Trukikaitis_Postimees, lk 102
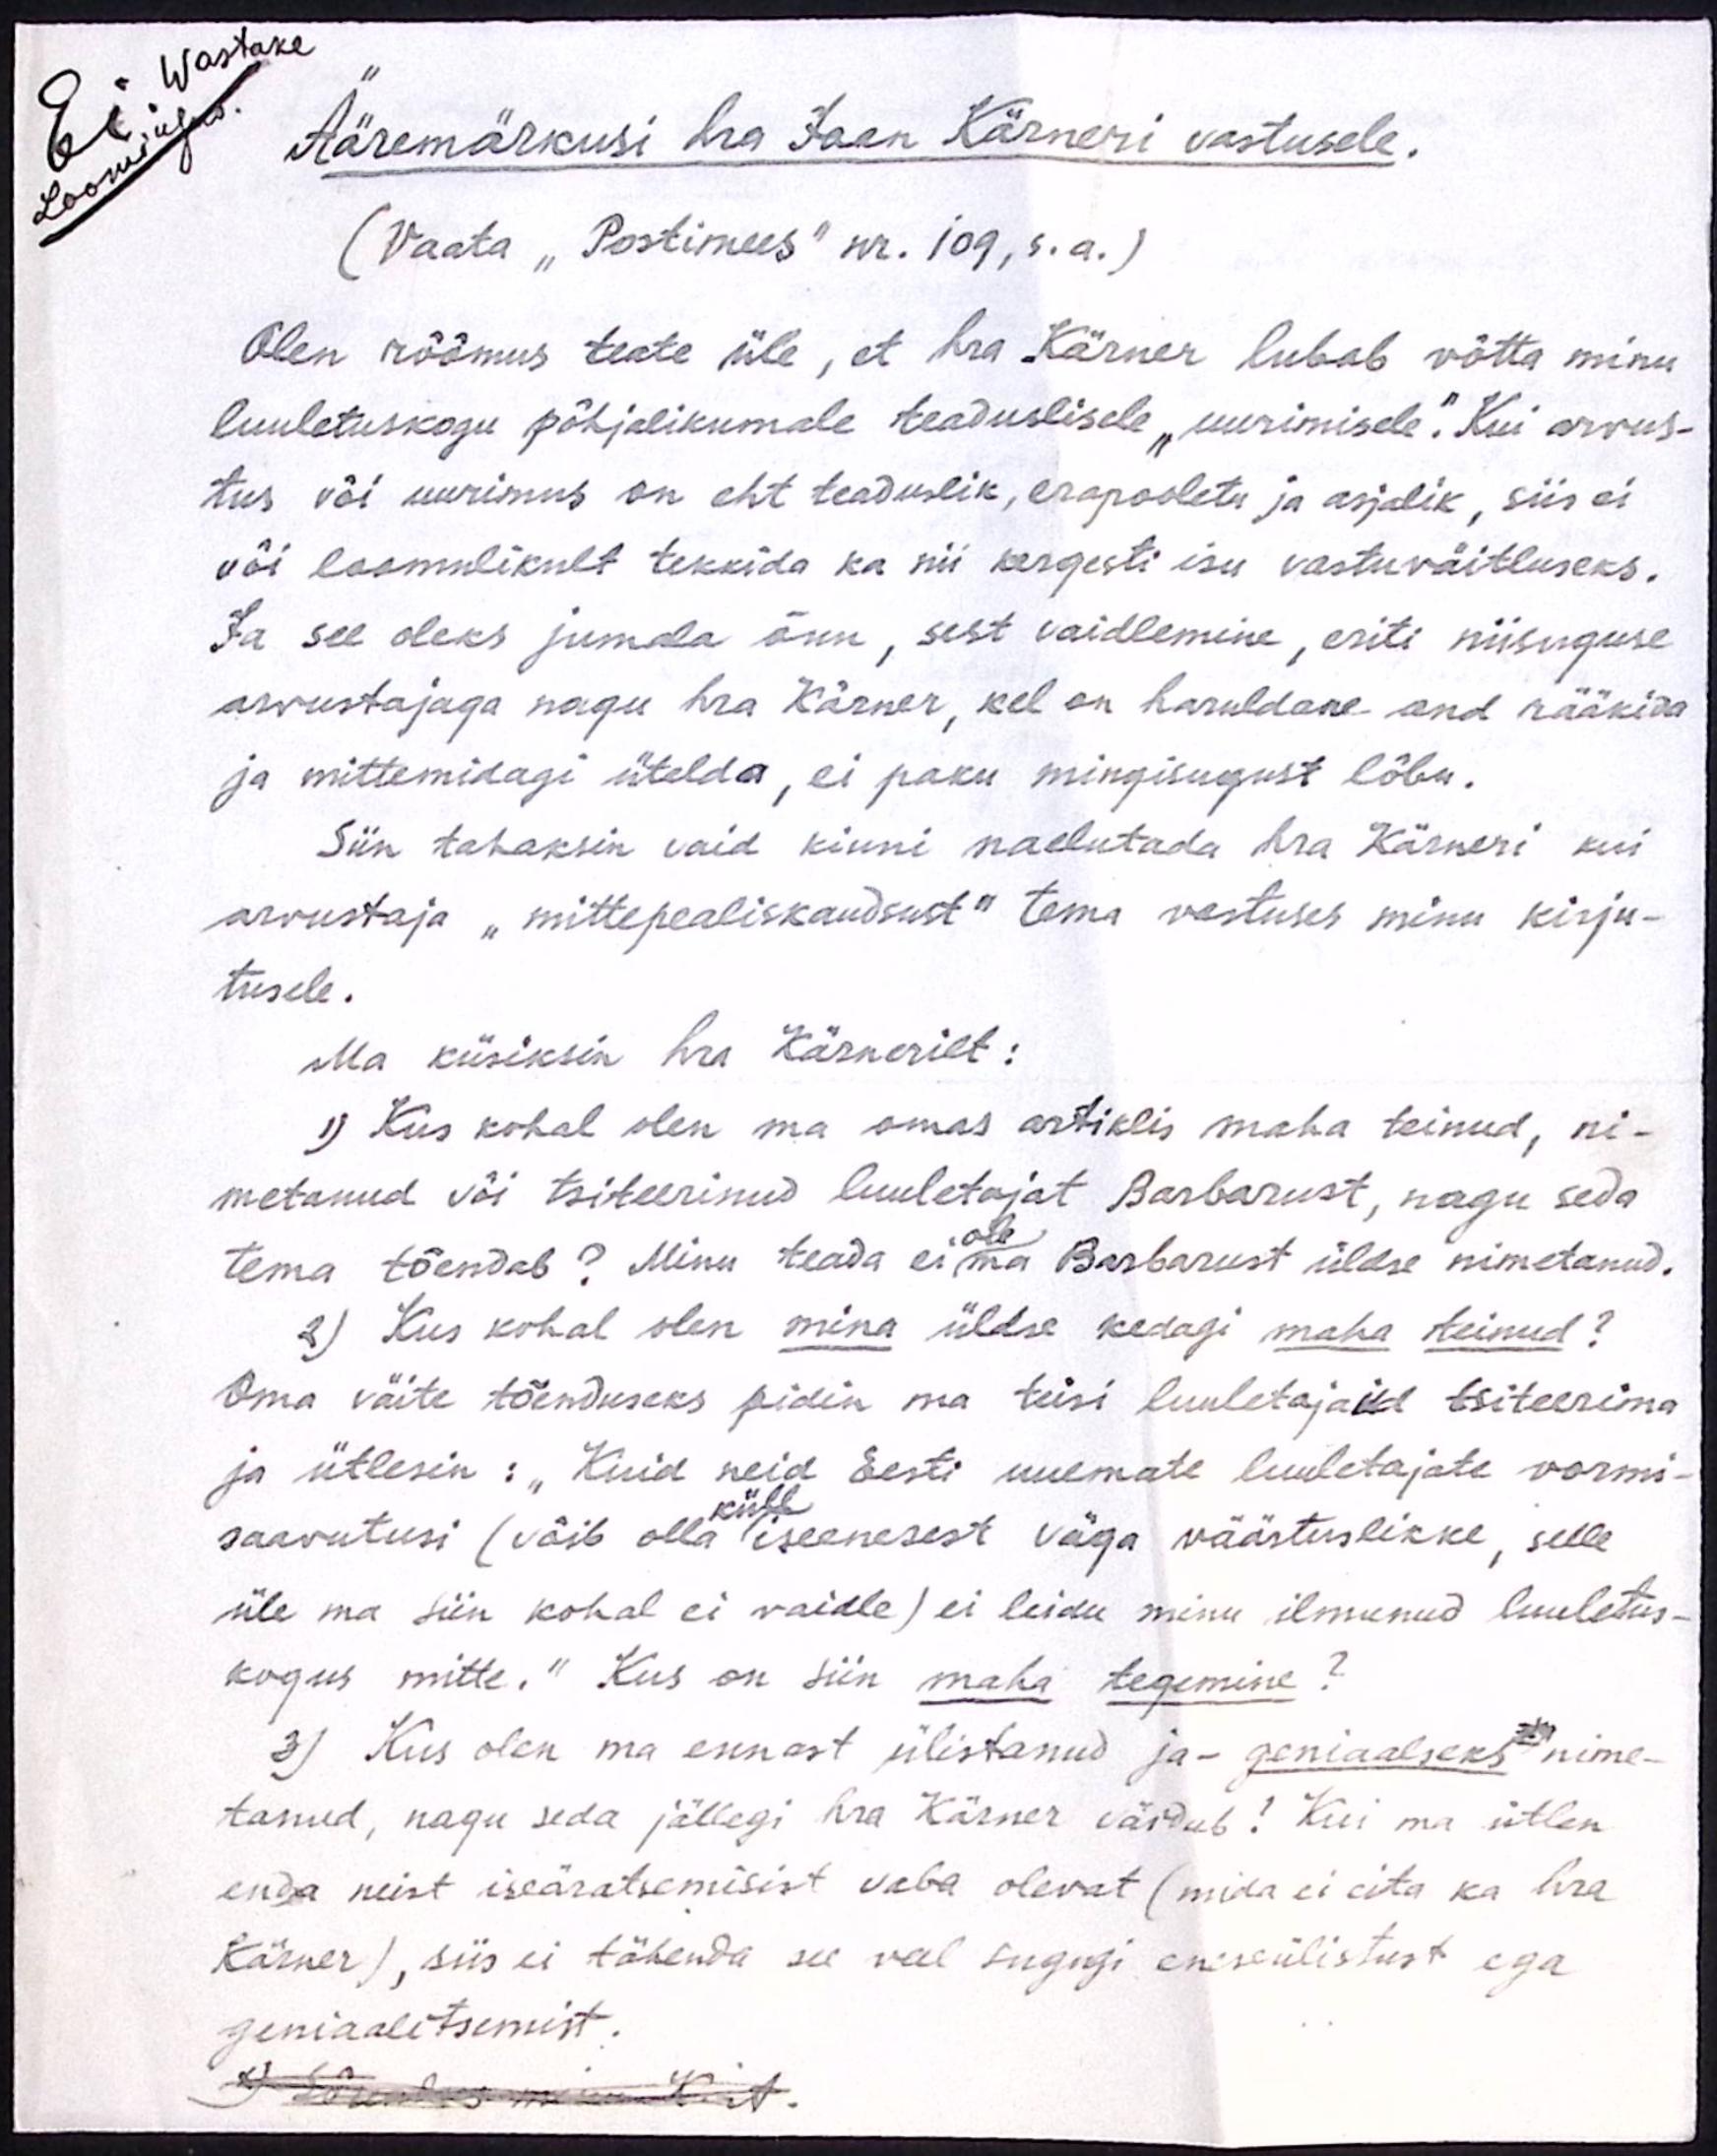
wastake
Ääremärkusi hra Jaan Kärneri vastusele.
(Vaata "Postimees" nr. 109, s.a.)
Olen rõõmus teate üle, et hra Kärner lubab võtta minu
luuletuskogu põhjalikumale teaduslisele "uurimisele". Kui arvus-
tus või uurimus on eht teaduslik, erapooletu ja asjalik, siis ei
või loomulikult tekkida ka nii kergesti isu vastuväitluseks.
Ja see oleks jumala õnn, sest vaidlemine, eriti niisuguse
arvustajaga nagu hra Kärner, kel on haruldane and rääkida
ja mittemidagi ütelda, ei paku mingisugust lõbu.
Siin tahaksin vaid kinni naelutada hra Kärneri kui
arvustaja "mittepealiskaudsust" tema vastuses minu kirju-
tusele.
Ma küsiksin hra Kärnerilt:
1) Kus kohal olen ma omas artiklis maha teinud, ni-
metanud või tsiteerinud luuletajat Barbarust, nagu seda
ole
tema tõendab? Minu teada ei ma Barbarust üldse nimetanud.
2) Kus kohal olen mina üldse kedagi maha teinud?
Oma väite tõenduseks pidin ma teisi luuletajaid tsiteerima
ja ütlesin: "Kuid neid Eesti uuemate luuletajate vormi-
küll
saavutusi (võib olla iseenesest väga väärtuslikke, selle
üle ma siin kohal ei vaidle) ei leidu minu ilmunud luuletus-
kogus mitte." Kus on siin maha tegemine?
3) Kus olen ma ennast ülistanud ja - geniaalseks nime-
tanud, nagu seda jällegi hra Kärner väidab! Kui ma ütlen
enda neist iseäratsemisist vaba olevat (mida ei eita ka hra
Kärner), siis ei tähenda see veel sugugi eneseülistust ega
geniaalitsemist.
2) Jõudus K. A.